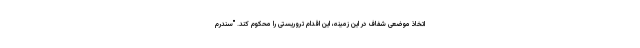
اتخاذ موضعی شفاف در این زمینه، این اقدام تروریستی را محکوم کند. "سندرم